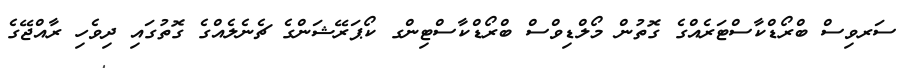
ސަރވިސް ބްރޯޑްކާސްޓަރެއްގެ ގޮތުން މޯލްޑިވްސް ބްރޯޑްކާސްޓިންގ ކޯޕަރޭޝަންގެ ޗެނެލެއްގެ ގޮތުގައި ދިވެހި ރާއްޖޭގެ